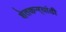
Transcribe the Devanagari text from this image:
शेतकऱ्र्‍यांठी